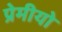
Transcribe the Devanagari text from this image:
प्रेमीयो